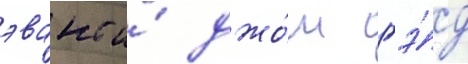
эванс и́ джо́ш гэ́д